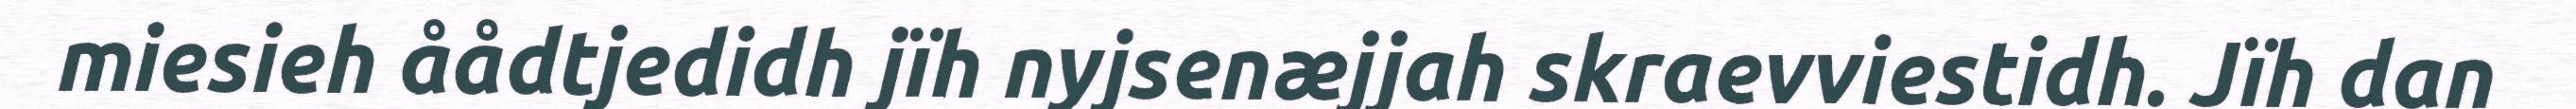
miesieh åådtjedidh jïh nyjsenæjjah skraevviestidh. Jïh dan